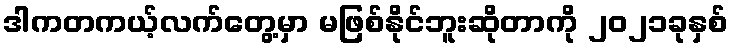
ဒါကတကယ့်လက်တွေ့မှာ မဖြစ်နိုင်ဘူးဆိုတာကို ၂၀၂၁ခုနှစ်